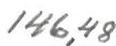
146,48